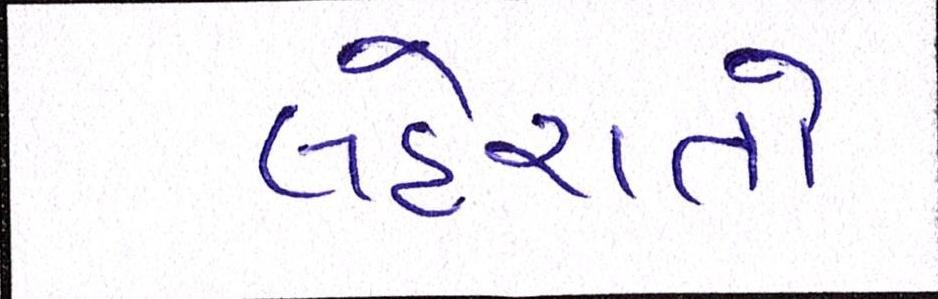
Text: લહેરાતો